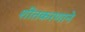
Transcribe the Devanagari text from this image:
शीतकरणाने